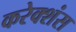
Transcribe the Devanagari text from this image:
करेक्शंस